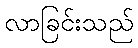
လာခြင်းသည်